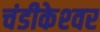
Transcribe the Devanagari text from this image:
चंडीकेश्‍वर